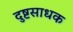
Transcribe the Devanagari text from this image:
दुष्टसाधक